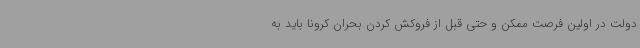
دولت در اولین فرصت ممکن و حتی قبل از فروکش کردن بحران کرونا باید به